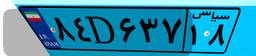
۸۴D۶۳۷۱۸